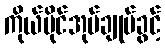
ကိုယ်ပိုင်အုပ်ချုပ်ခွင့်